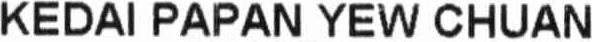
KEDAI PAPAN YEW CHUAN